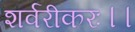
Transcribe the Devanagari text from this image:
शर्वरीकरः।।